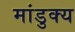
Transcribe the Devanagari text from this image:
मांडुक्य